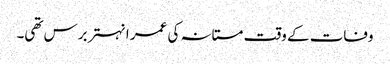
وفات کے وقت مستانہ کی عمر انہتر برس تھی۔